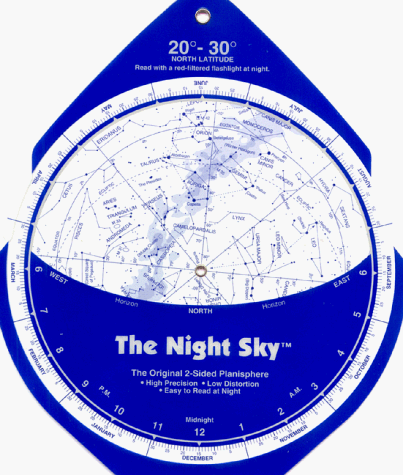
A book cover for The Night Sky 20Â°-30Â°N (Large) Star Finder; David S. Chandler; Science & Math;